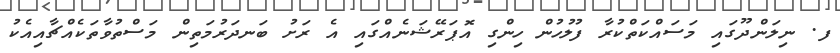
ފ. ނިލަންދޫގައި މަސައްކަތްކުރާ ފުލުހުން ހިންގި އޮޕަރޭޝަނެއްގައި އެ ރަށު ބަނދަރުމަތިން މަސްތުވާތަކެއްޗާއިއެކު